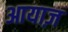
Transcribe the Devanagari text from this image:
आयाज़